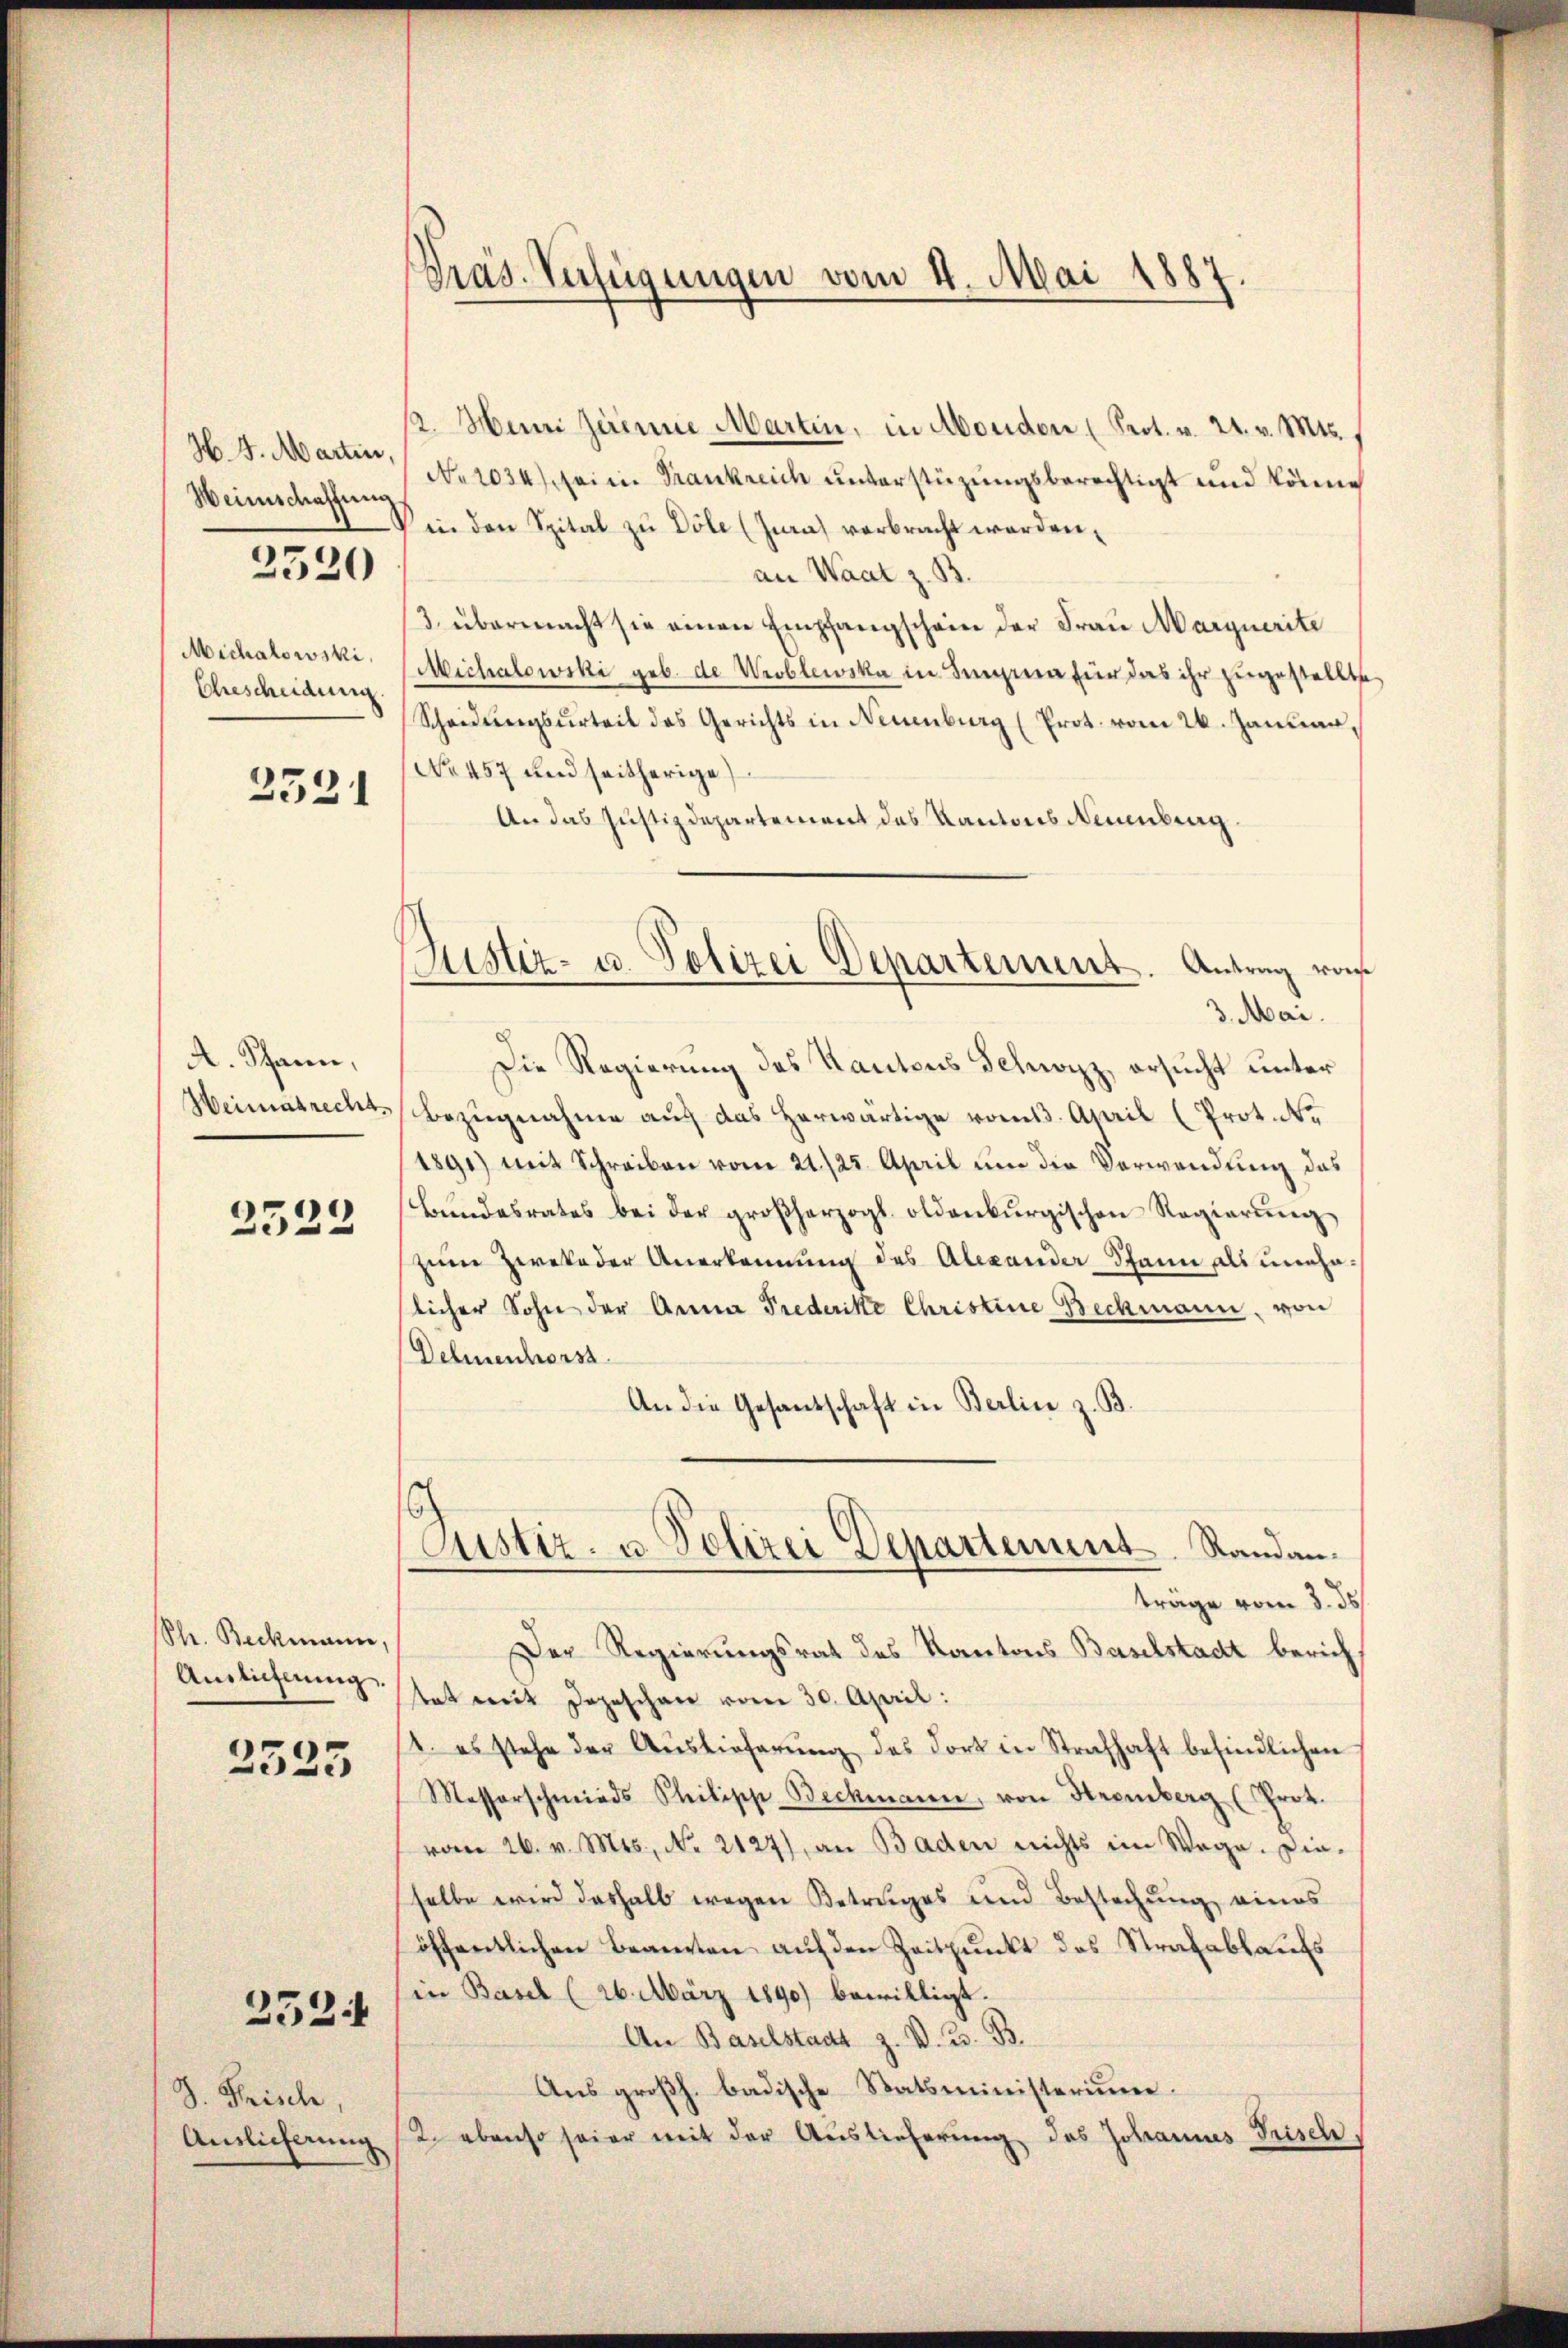
H. 5. Martin
Weinschaffung

3520

Michalowski,
Ehescheidung

2521

A. Schann,
Weimatrecht.

2323

Str. Beckmann,
Auslichtung.

2525

J. Frisch,
Auslieferung

252.

Pras. Verfügungen vom 4. Mai 1887

/2. Mani Zereine Martin, in Monden (Prot. v. 24. v. Mts.
No 1034) sei in Trankreich unterstüzungsberechtigt und könne
in den Spital zu Döle (Jura) verbracht werden.
an Waat z. B.
/3. übermacht sie einen Empfangschein der Frau Marquerite
Michalowcki geb. de Wroblewska in Sinea für das ihr zugestellte
Scheidungsurteil des Gerichts in Neuenburg (Prot. vom 26. Januar,
No 457 und seitherige
An das Justizdepartement des Kantons Neuenburg.

Justiz- u. Polizei Departement. Antrag ras
3. Mai.

Justiz- u. Polizei Departement Randanträge vom 3. ds.

Die Regierung des Kantons Schwyzz, ersucht unter
Bezugnahme auf das herwärtige vom 13. April (Protok
1891) mit Schreiben vom 21./25. April um die Verwendung das
bŭndesrates bei der großherzogl. oldenbŭrgischen Regierŭng
zum Zwekeder Anerkennung des Alexander Spann als unehelicher Sohn der Anna Prederike Christine Bechmann, von
Dehnenhors
An die Gesandschaft in Berlin z. B.
Der Regierungsrat des Kantons Baselstadt bericht
tat mit Depeschen vom 30. April:
1. es stehe der Aŭslieferŭng des dort in Strafhaft befindlichen
Messerschmieds Philipp-Beckmann, von Hexenberg (Prok.
vom 26. v. Mts., No 2127), an Baden nichts im Wege. Dieselbe wird deshalb wegen Betruges und Bestechung eines
öffentlichen Beanten auf den Zeitpunkt des Strafablaufs
in Basel (26. März 1890) bewilligt.
An Baselstadt z. V. 3. B.
Aus großh. badische Statsministerium.
2. ebenso seier mit der Auslieferung des Johannes Frisch,